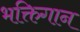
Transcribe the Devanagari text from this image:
भक्तिगान